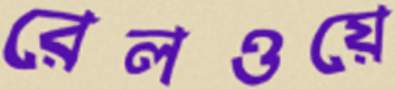
রেলওয়ে